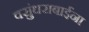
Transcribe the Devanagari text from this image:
वसुंधराबाईंना